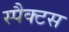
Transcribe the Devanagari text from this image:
स्पैक्टस